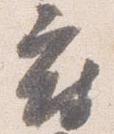
府